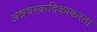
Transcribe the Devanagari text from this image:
अन्नवस्त्रादिकाकरता